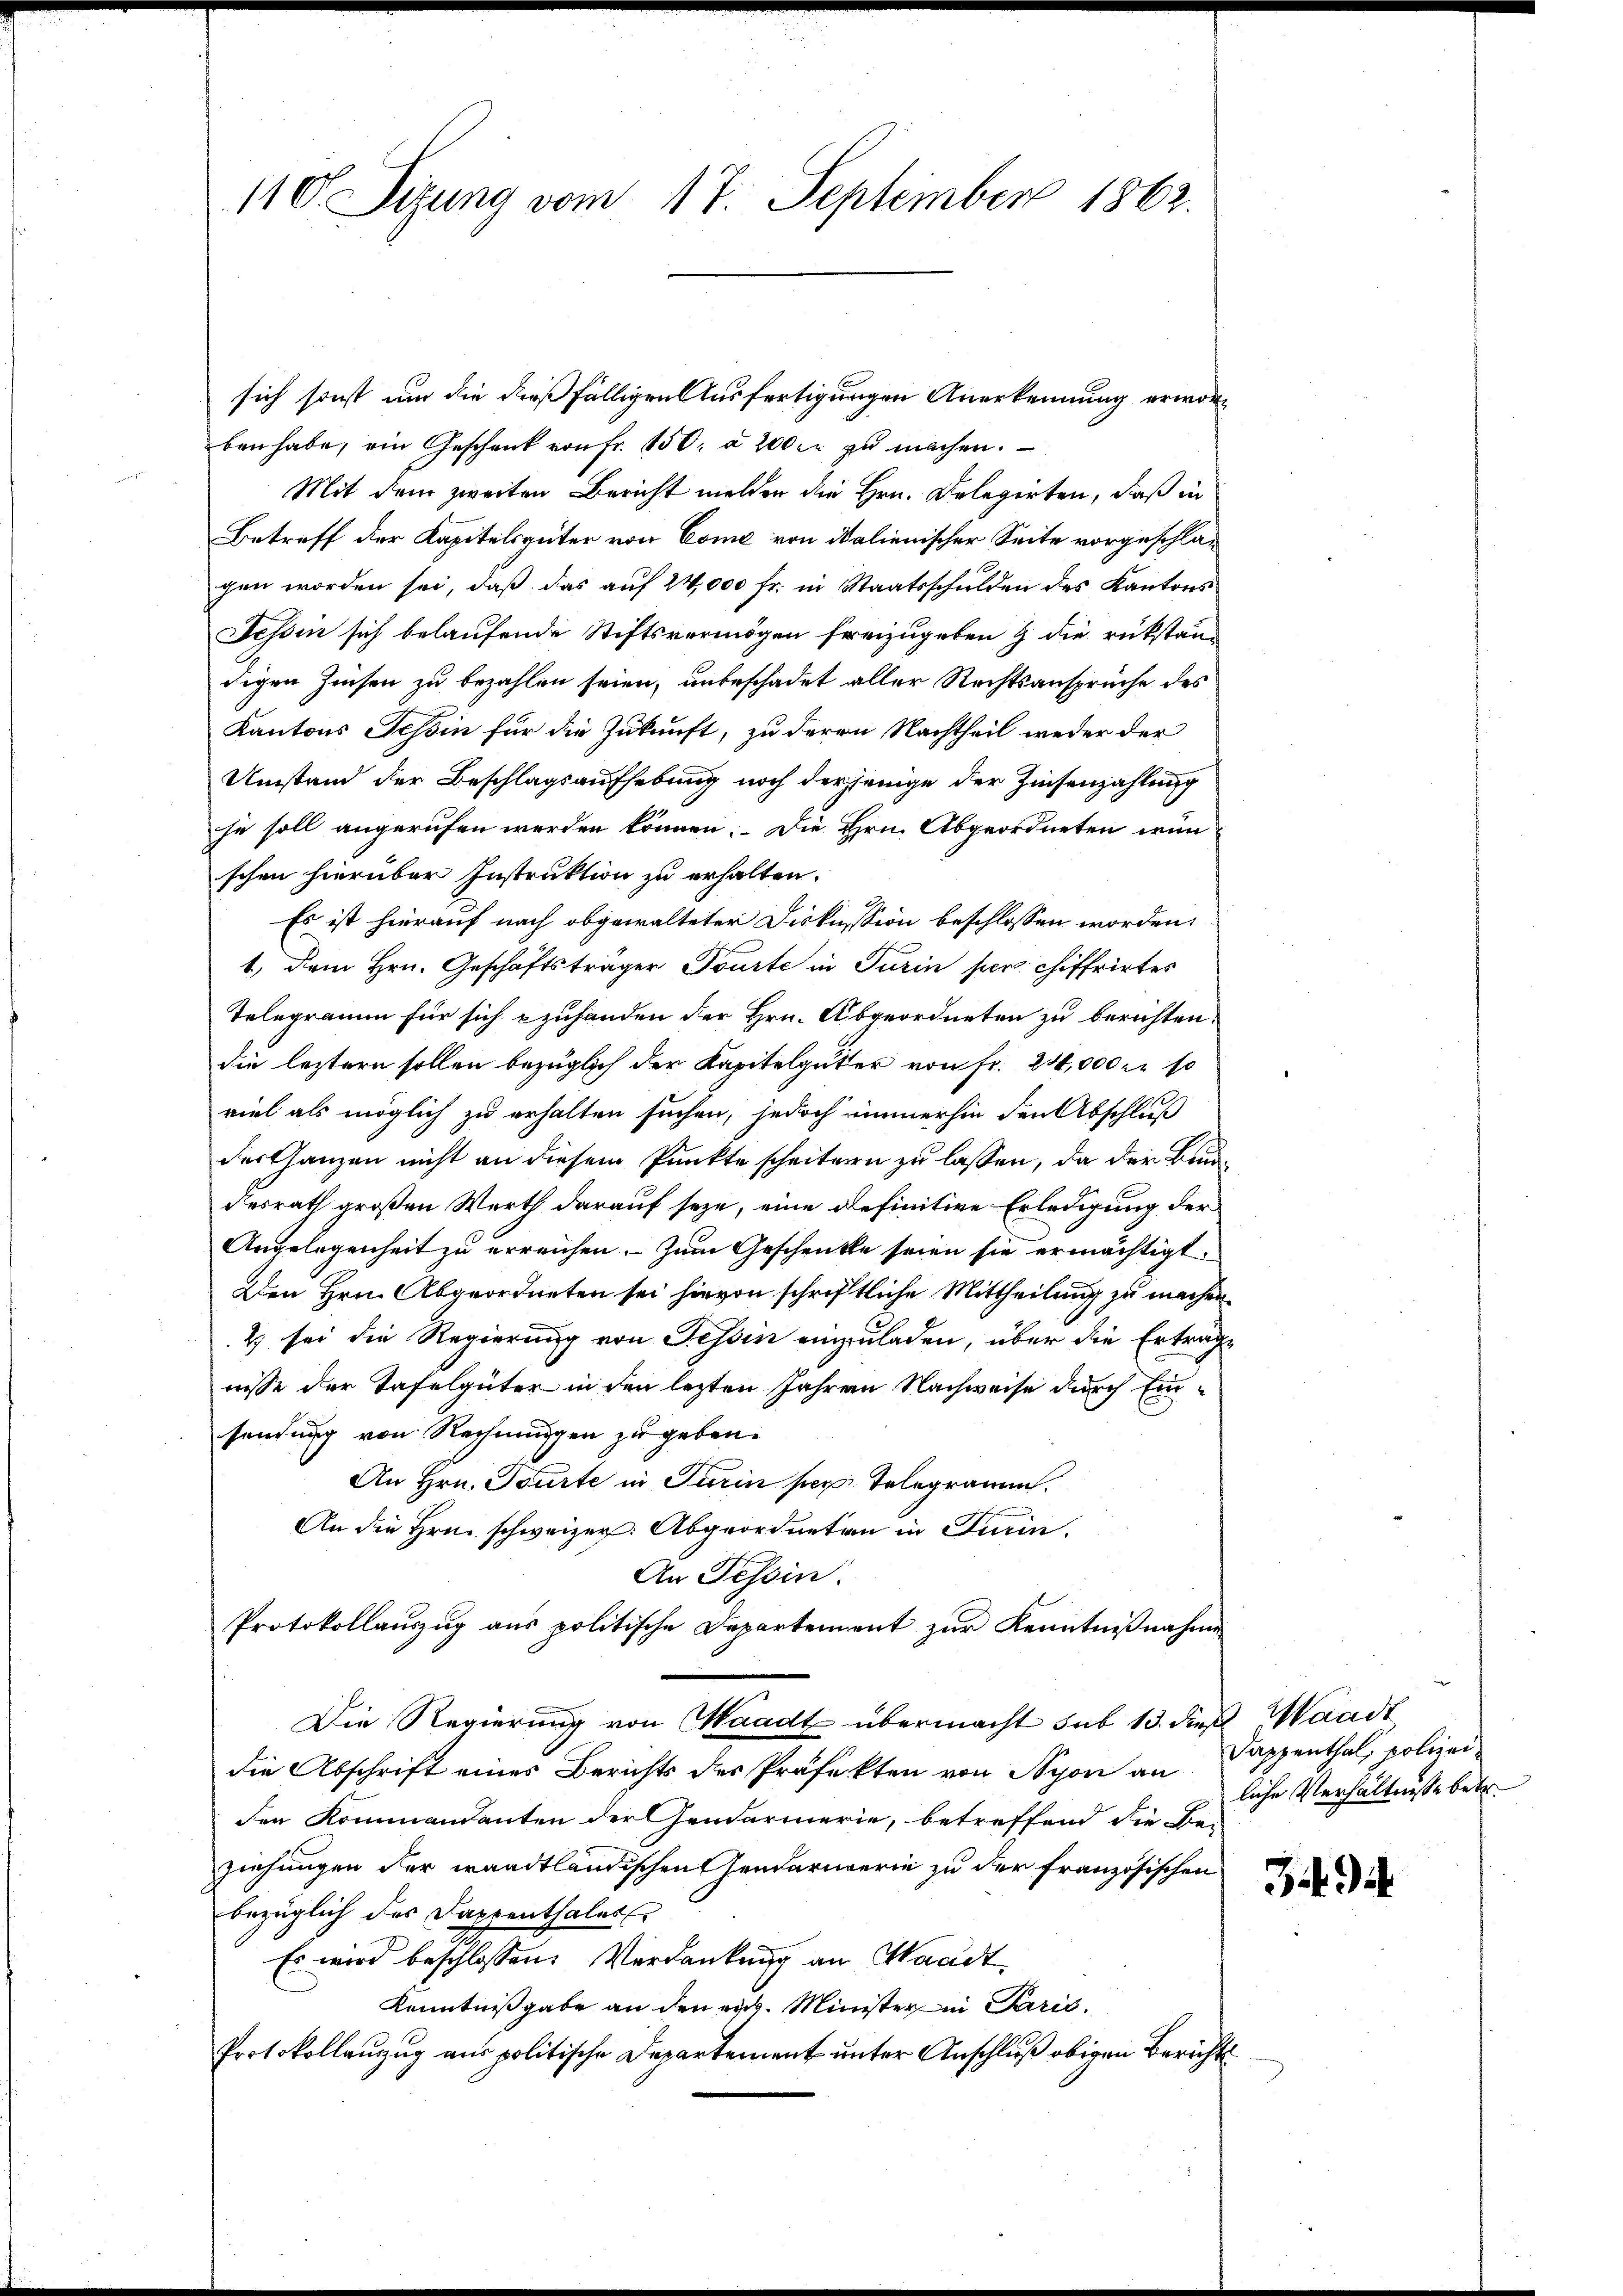
110 Sizung vom 17. September 1862.

sich sonst um die dießfälligen Ausfertigungen Anerkennung erworben habe, ein Geschenk von fr. 150. à 200. zŭ machen.

Mit dem zweiten Bericht melden die Hrn. Delegirten, daß in
Betreff der Kapitelsgüter von Come von Malienischer Seite vorgeschlagen worden sei, daß das auf 24,000 fr. in Staatsschulden des Kantons
Tessin sich belaufende Stiftsvermögen freizugeben & die rükstän-
digen Zinsen zu bezahlen seien, unbeschadet aller Rechtsansprüche des
Kantons Tessin für die Zukunft, zu deren Nachtheil weder der
Umstand der Beschlagsaufhebung noch derjenige der Zinsenzahlung
ze soll angerufen werden können. Die Hrn. Abgeordneten wün-
schen hierüber Instruktion zu erhalten.
Es ist hierauf nach obgewalteter Diskussion beschlossen worden,
1., dem Hrn. Geschäftsträger Tourte in Turin per chiffrirtes
Telegramm für sich zuhanden der Hrn. Abgeordneten zu berichten.
die leztern sollen bezüglich der Kapitalguter von fr. 24,000 Fr. 10
1
viel als möglich zu erhalten suchen, jedoch immerhin den Abschluß
der Ganzen nicht an diesem Punkte scheitern zu lassen, da der Bundesrath großen Werth darauf seze, eine definitive Erledigung der
Angelegenheit zu erreichen. Zum Geschenkte seien sie ermächtigt.
Den Hrn. Abgeordneten sei hievon schriftliche Mittheilung zu machen
2) sei die Regierung von Tessin einzuladen, über die Ertrage
nisse der Tafelgüter in den lezten Jahren Nachweise durch Einsendung von Rechnungen zu geben.
An Hrn. Tourte in Turin per Telegramm.
An die Hrn. schweizer. Abgeordneten in Turin.
An Tessin.
Protokollauszug aus politische Departement zur Kenntnißnahmen
Die Regierung von Waadt übermacht sub 15. dieß Mandt
die Abschrift eines Berichts der Präfekten von Nyon an
den Kommandanten der Gendarmerie, betreffend die Be-
ziehungen der waadtländischen Gendarmerie zu der französischen
bezüglich des Sappenthaler
Es wird beschlossene Verdankung an Waadt,
Kenntnißgabe an den erg. Minister in Parić,
Protokollanzug aus politische Departement unter Anschluß obigen Berichts

Sappenthal, polizeiliche Verhältnisse betr.

J. di